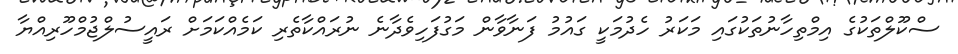
ސްކޫލްތަކުގެ އިމްތިހާނުތަކުގައި މަކަރު ހެދުމަކީ ގައުމު ފަނާވާން މަގުފަހިވެދާނެ ނުރައްކާތެރި ކަމެއްކަމަށް ރައީސުލްޖުމްހޫރިއްޔާ